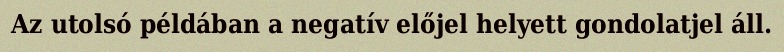
Az utolsó példában a negatív előjel helyett gondolatjel áll.